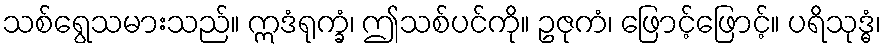
သစ်ရွေသမားသည်။ ဣဒံရုက္ခံ၊ ဤသစ်ပင်ကို။ ဥဇုကံ၊ ဖြောင့်ဖြောင့်။ ပရိသုဒ္ဓံ၊